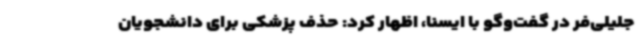
جلیلی‌فر در گفت‌وگو با ایسنا، اظهار کرد: حذف پزشکی برای دانشجویان